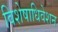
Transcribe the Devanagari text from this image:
विशेषाधिवेशन